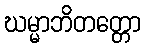
ဃမ္မာဘိတတ္တော